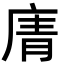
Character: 𢉑